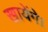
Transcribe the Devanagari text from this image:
खायेंगे।